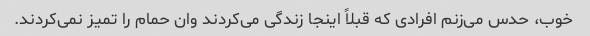
خوب، حدس می‌زنم افرادی که قبلاً اینجا زندگی می‌کردند وان حمام را تمیز نمی‌کردند.